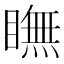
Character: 瞴